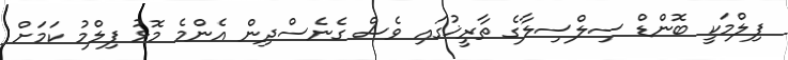
ފިލްމަކީ ބޮންޑް ސިލްސިލާގެ ތާރީޚުގައި ވެސް ގެނެސްދިން އެންމެ މޮޅު ފިލްމު ކަމަށް